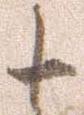
十